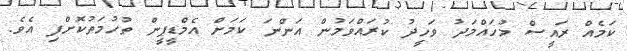
ކަމެއް ރައީސް މުހައްމަދު ވަހީދު ކުރައްވަމުން އަންނަ ކަމަށް އެމްޑީޕީން ތުހުމަތުކޮށްފި އެވެ.